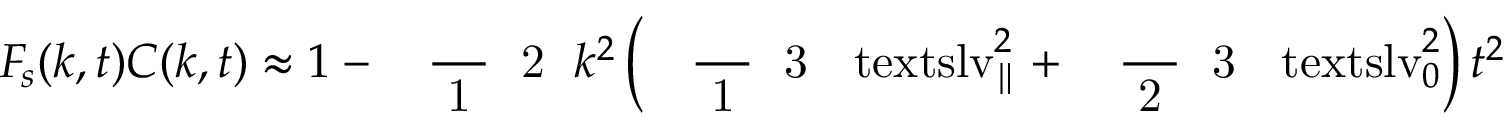
\ensuremath { F _ { \! s } } ( k , t ) C ( k , t ) \approx 1 - \mathrm { ~ \small ~ \displaystyle ~ \frac ~ { ~ 1 ~ } ~ { ~ 2 ~ } ~ } k ^ { 2 } \left( \mathrm { ~ \small ~ \displaystyle ~ \frac ~ { ~ 1 ~ } ~ { ~ 3 ~ } ~ } \ensuremath { \mathrm { \ t e x t s l { v } } _ { \parallel } } ^ { 2 } + \mathrm { ~ \small ~ \displaystyle ~ \frac ~ { ~ 2 ~ } ~ { ~ 3 ~ } ~ } \ensuremath { \mathrm { \ t e x t s l { v } } _ { 0 } } ^ { 2 } \right) t ^ { 2 }